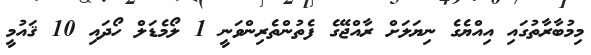
މިމުބާރާތުގައި އިއްޔެގެ ނިޔަލަށް ރާއްޖޭގެ ފެތުންތެރިންވަނީ 1 ލޯމެޑަލް ހޯދައި 10 ޤައުމީ